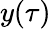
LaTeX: y(\tau)